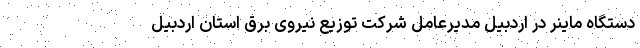
دستگاه ماینر در اردبیل مدیرعامل شرکت توزیع نیروی برق استان اردبیل